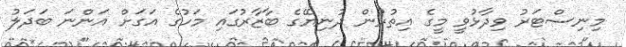
މިނިސްޓަރު ވިދާޅުވީ މީގެ އިތުރުން ދުނިޔޭގެ ބާޒާރުގައި މަހުގެ އަގަށް އަންނަ ބަދަލު